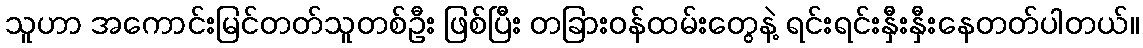
သူဟာ အကောင်းမြင်တတ်သူတစ်ဦး ဖြစ်ပြီး တခြားဝန်ထမ်းတွေနဲ့ ရင်းရင်းနှီးနှီးနေတတ်ပါတယ်။